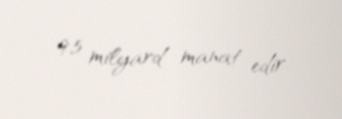
9,5 milyard manat edir.